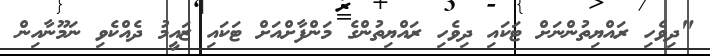
"ދިވެހި ރައްޔިތުންނަށް ޓަކައި ދިވެހި ރައްޔިތުންގެ މަންފާށްއަށް ޓަކައި ޒައީމު ދެއްކެވި ނަމޫނާއިން